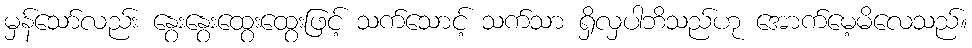
မှန်သော်လည်း နွေးနွေးထွေးထွေးဖြင့် သက်သောင့် သက်သာ ရှိလှပါဘိသည်ဟု အောက်မေ့မိလေသည်။